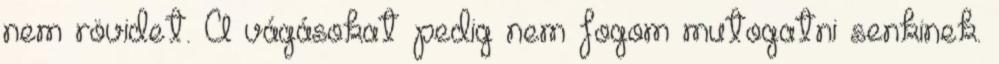
nem rövidet. A vágásokat pedig nem fogom mutogatni senkinek.